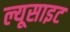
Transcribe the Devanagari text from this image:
ल्यूसाइट